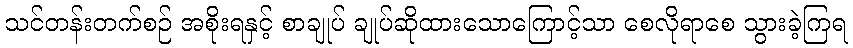
သင်တန်းတက်စဉ် အစိုးရနှင့် စာချုပ် ချုပ်ဆိုထားသောကြောင့်သာ စေလိုရာစေ သွားခဲ့ကြရ